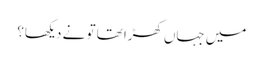
میں جہاں کھڑا تھا تو نے دیکھا؟